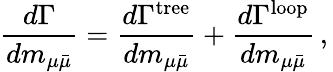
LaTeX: \frac{d\Gamma}{dm_{\mu\bar{\mu}}}=\frac{d\Gamma^{\mathrm{{tree}}}}{dm_{\mu\bar{\mu}}}+\frac{d\Gamma^{\mathrm{loop}}}{dm_{\mu\bar{\mu}}}\, ,\,